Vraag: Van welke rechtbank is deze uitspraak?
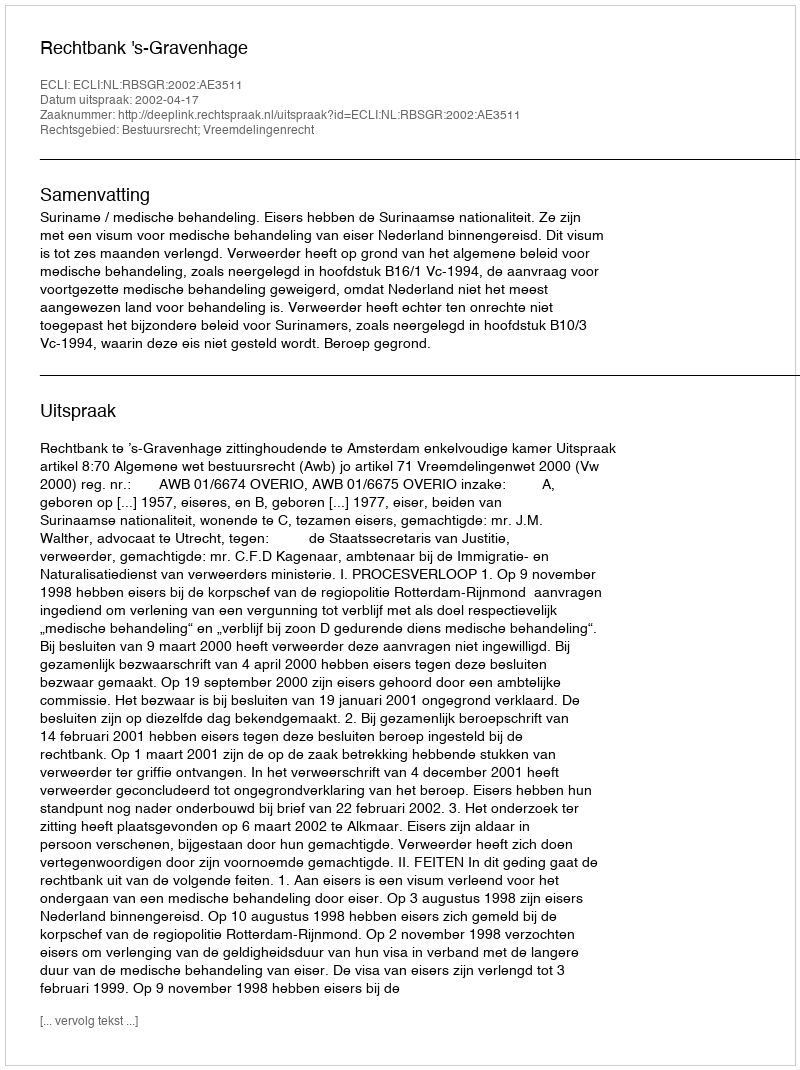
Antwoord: Rechtbank 's-Gravenhage